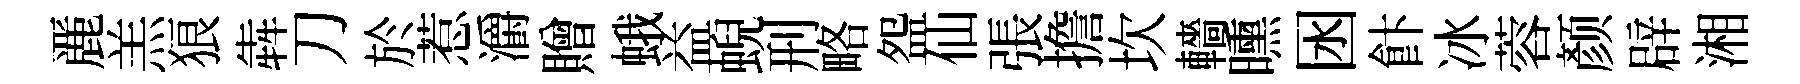
䴡羔狼犇刀於惹灂贈蛾益蜺刑略盌仙張擔坎轖曛囦飰冰蓉颜辟湘